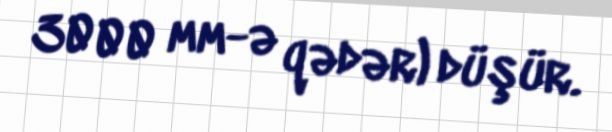
3000 mm-ə qədər) düşür.